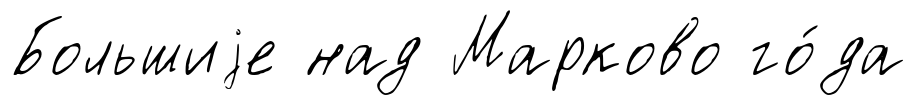
Большиjе над Марково го́да